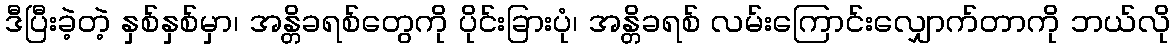
ဒီပြီးခဲ့တဲ့ နှစ်နှစ်မှာ၊ အန္တိခရစ်တွေကို ပိုင်းခြားပုံ၊ အန္တိခရစ် လမ်းကြောင်းလျှောက်တာကို ဘယ်လို